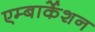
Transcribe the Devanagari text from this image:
एम्बार्केशन